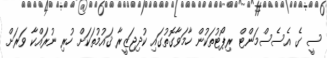
ސީ ގެ އެސެސްމަންޓް ރިޕޯޓުތަކުން ހާމަވާގޮތުގައި ކުދިޖަޒީރާ ޤައުމުތަކަށް ހުރި ނުރައްކާ ވަރަށް